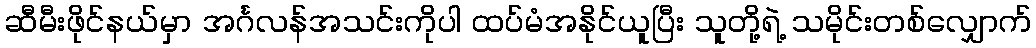
ဆီမီးဖိုင်နယ်မှာ အင်္ဂလန်အသင်းကိုပါ ထပ်မံအနိုင်ယူပြီး သူတို့ရဲ့ သမိုင်းတစ်လျှောက်